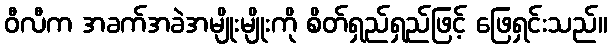
ဝီလီက အခက်အခဲအမျိုးမျိုးကို စိတ်ရှည်ရှည်ဖြင့် ဖြေရှင်းသည်။